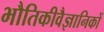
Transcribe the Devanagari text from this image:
भौतिकीवैज्ञानिकों